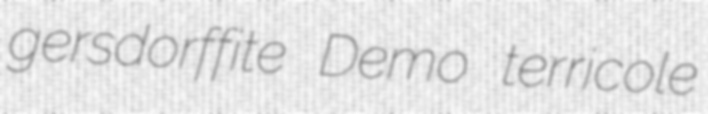
gersdorffite Demo terricole